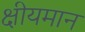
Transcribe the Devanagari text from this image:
क्षीयमान